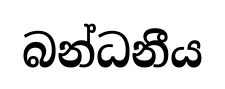
බන්ධනීය